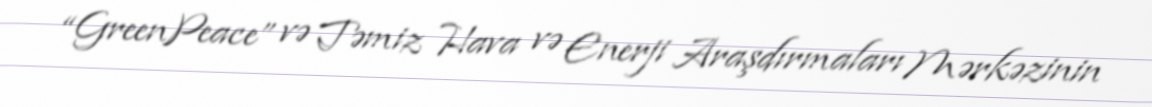
“GreenPeace” və Təmiz Hava və Enerji Araşdırmaları Mərkəzinin